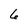
Character: 6